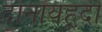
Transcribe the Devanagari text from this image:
दोनोंयहूदी